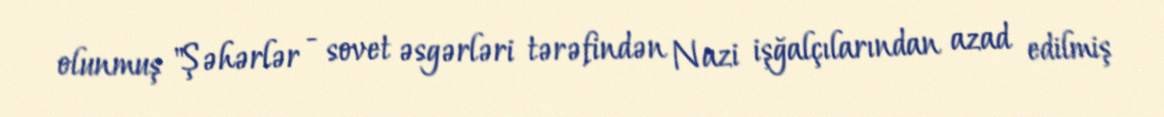
olunmuş "Şəhərlər - sovet əsgərləri tərəfindən Nazi işğalçılarından azad edilmiş